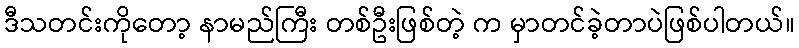
ဒီသတင်းကိုတော့ နာမည်ကြီး တစ်ဦးဖြစ်တဲ့ က မှာတင်ခဲ့တာပဲဖြစ်ပါတယ်။